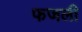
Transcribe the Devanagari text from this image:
फजली